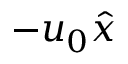
- u _ { 0 } \hat { x }